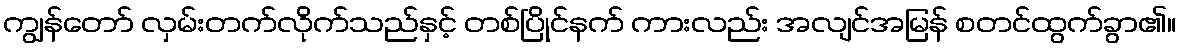
ကျွန်တော် လှမ်းတက်လိုက်သည်နှင့် တစ်ပြိုင်နက် ကားလည်း အလျင်အမြန် စတင်ထွက်ခွာ၏။